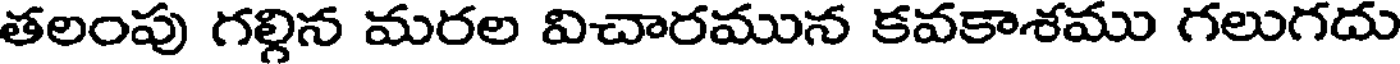
తలంపు గల్గిన మరల విచారమున కవకాశము గలుగదు